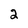
Character: 2